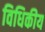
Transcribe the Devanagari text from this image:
विधिकीय